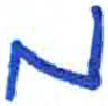
אות: מ